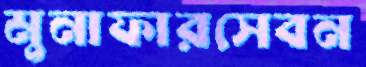
মুনাফারসেবন